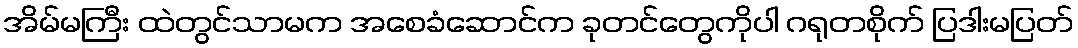
အိမ်မကြီး ထဲတွင်သာမက အစေခံဆောင်က ခုတင်တွေကိုပါ ဂရုတစိုက် ပြဒါးမပြတ်